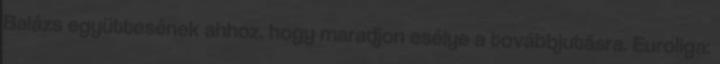
Balázs együttesének ahhoz, hogy maradjon esélye a továbbjutásra. Euroliga: